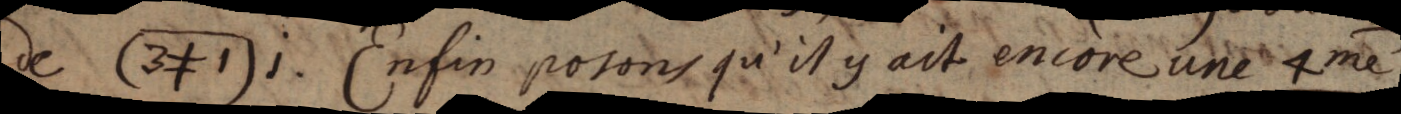
de (3≠1)i. Enfin posons qu’il y ait encore une 4me